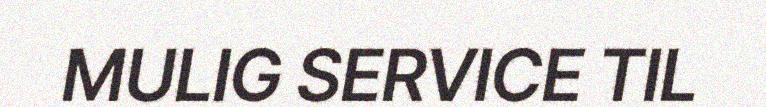
MULIG SERVICE TIL